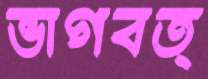
ভাগবত্